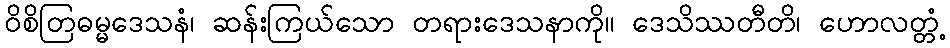
ဝိစိတြဓမ္မဒေသနံ၊ ဆန်းကြယ်သော တရားဒေသနာကို။ ဒေသိဿတီတိ၊ ဟောလတ္တံ့